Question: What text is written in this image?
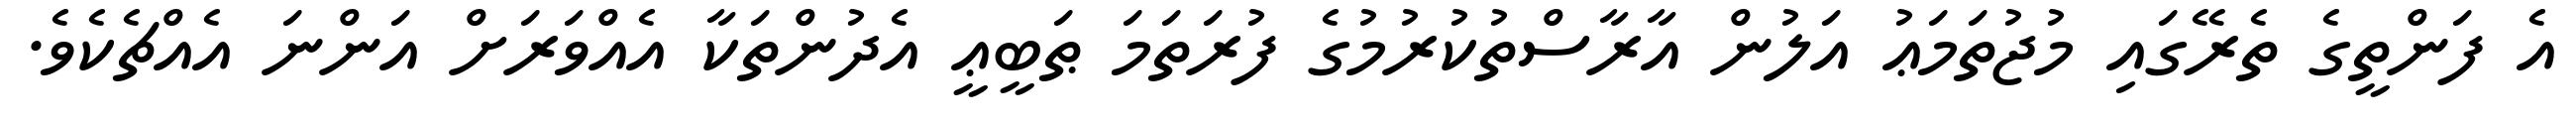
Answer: އެ ފަންތީގެ ތެރޭގައި މުޖުތަމަޢު އަލުން އާރާސްތުކުރުމުގެ ފުރަތަމަ ޠަބީޢީ އެދުންތަކާ އެއްވަރަށް އަންނަ އެއްޗެކެވެ.